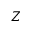
Z